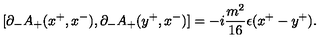
[ { \partial } _ { - } A _ { + } ( x ^ { + } , x ^ { - } ) , { \partial } _ { - } A _ { + } ( y ^ { + } , x ^ { - } ) ] = - i \frac { m ^ { 2 } } { 1 6 } { \epsilon } ( x ^ { + } - y ^ { + } ) .